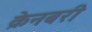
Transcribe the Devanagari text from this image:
क्रेनबरी